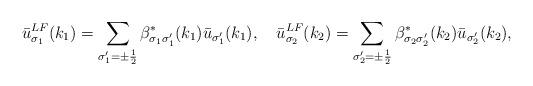
LaTeX: \begin{align*}\bar{u}^{LF}_{\sigma_1}(k_1)=\sum_{\sigma'_1=\pm\frac{1}{2}}\beta^*_{\sigma_1\sigma'_1}(k_1)\bar{u}_{\sigma'_1}(k_1),\quad\bar{u}^{LF}_{\sigma_2}(k_2)=\sum_{\sigma'_2=\pm\frac{1}{2}}\beta^*_{\sigma_2\sigma'_2}(k_2)\bar{u}_{\sigma'_2}(k_2),\end{align*}